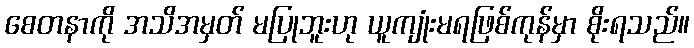
စေတနာကို အသိအမှတ် မပြုဘူးဟု ယူကျုံးမရဖြစ်ကုန်မှာ စိုးရသည်။